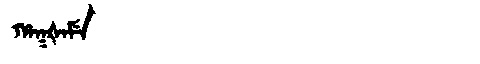
Manchu: ᡥᠠᡴᡧᠠᠮᡝ
Romanization: HAKŠAME